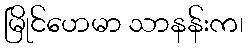
မြိုင်ဟေမာ သာနန်းက၊